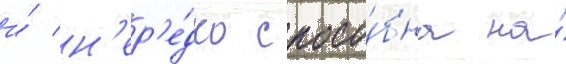
и́ н'ер'е́дко спосо́бна на́